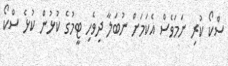
ސްކޯ ކުރި ނަމަވެސް އެކަމަށް ނުބަލާ ދިވެހި ޓީމުގެ ކުޅުން ކުޅެ ސްކޯ